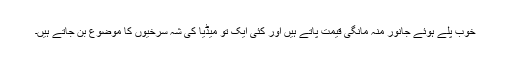
خوب پلے ہوئے جانور منہ مانگی قیمت پاتے ہیں اور کئی ایک تو میڈیا کی شہ سرخیوں کا موضوع بن جاتے ہیں۔